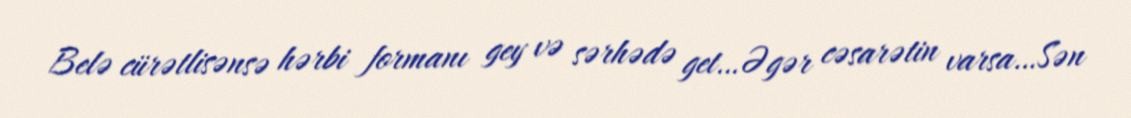
Belə cürətlisənsə hərbi formanı gey və sərhədə get…Əgər cəsarətin varsa…Sən